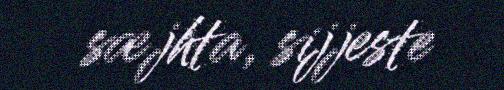
sæjhta, sijjeste